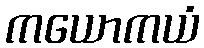
ကယောကယံ